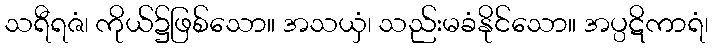
သရီရဇံ၊ ကိုယ်၌ဖြစ်သော။ အသယှံ၊ သည်းမခံနိုင်သော။ အပ္ပဋိကာရံ၊